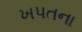
ખપતના